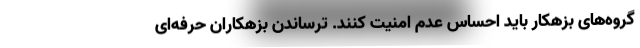
گروه‌های بزهکار باید احساس عدم امنیت کنند. ترساندن بزهکاران حرفه‌ای